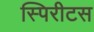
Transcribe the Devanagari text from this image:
स्पिरीटस